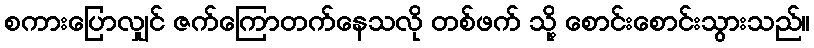
စကားပြောလျှင် ဇက်ကြောတက်နေသလို တစ်ဖက် သို့ စောင်းစောင်းသွားသည်။